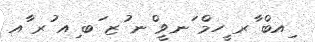
ިއބް ާރ ީހމް ަނވީ ްނ ުޒ ަބ ިއ ުރ ާއ